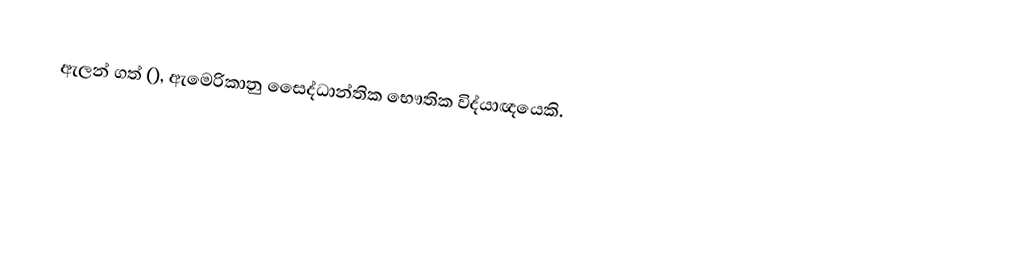
ඇලන් ගත් (), ඇමෙරිකානු සෛද්ධාන්තික භෞතික විද්යාඥයෙකි.